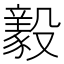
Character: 𣫖